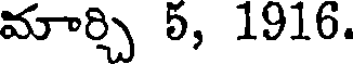
మార్చి 5, 1916.